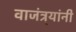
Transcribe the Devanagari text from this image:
वाजंत्र्यांनी